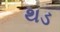
થડ